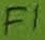
Text: F1